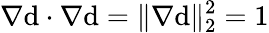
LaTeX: \nabla\mathrm{d}\cdot\nabla\mathrm{d}=\| \nabla\mathrm{d}\| _{2}^{2}=1